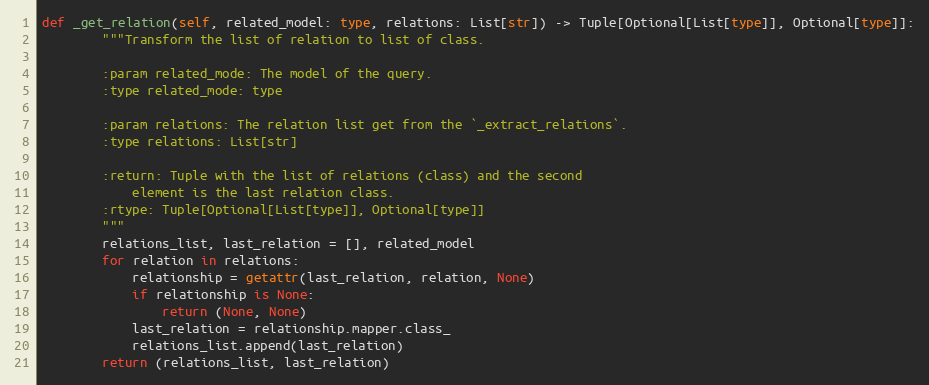
Language: Python
def _get_relation(self, related_model: type, relations: List[str]) -> Tuple[Optional[List[type]], Optional[type]]:
        """Transform the list of relation to list of class.

        :param related_mode: The model of the query.
        :type related_mode: type

        :param relations: The relation list get from the `_extract_relations`.
        :type relations: List[str]

        :return: Tuple with the list of relations (class) and the second
            element is the last relation class.
        :rtype: Tuple[Optional[List[type]], Optional[type]]
        """
        relations_list, last_relation = [], related_model
        for relation in relations:
            relationship = getattr(last_relation, relation, None)
            if relationship is None:
                return (None, None)
            last_relation = relationship.mapper.class_
            relations_list.append(last_relation)
        return (relations_list, last_relation)